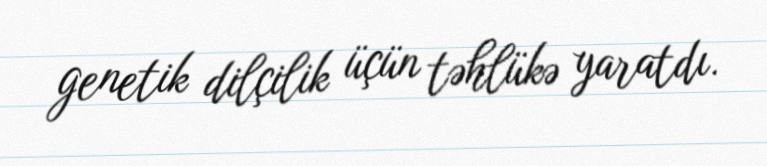
genetik dilçilik üçün təhlükə yaratdı.